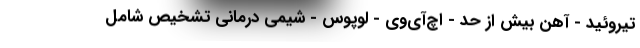
تیروئید - آهن بیش از حد - اچ‌آی‌وی - لوپوس - شیمی درمانی تشخیص شامل